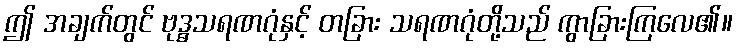
ဤ အချက်တွင် ဗုဒ္ဓသရဏဂုံနှင့် တခြား သရဏဂုံတို့သည် ကွာခြားကြလေ၏။